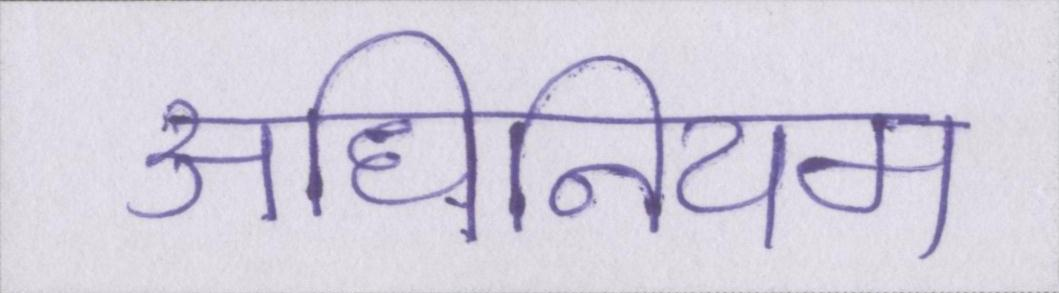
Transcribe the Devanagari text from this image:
अधिनियम